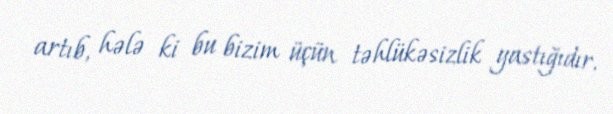
artıb, hələ ki bu bizim üçün təhlükəsizlik yastığıdır.